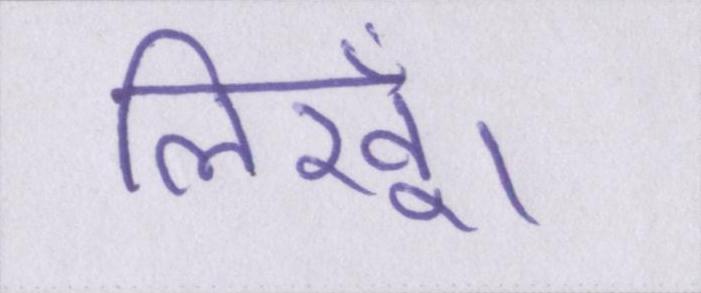
लिखूँ।